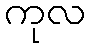
ကုလ